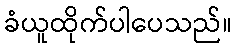
ခံယူထိုက်ပါပေသည်။